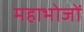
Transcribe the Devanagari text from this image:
महाभोजों